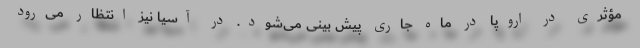
مؤثری در اروپا در ماه جاری پیش بینی می‌شود. در آسیا نیز انتظار می‌رود